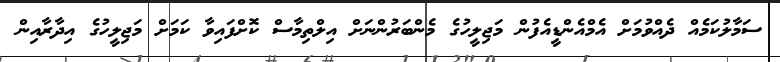
ސަމާލުކަމެއް ދެއްވުމަށް އެމްއެންޑީއެފުން މަޖިލީހުގެ މެންބަރުންނަށް އިލްތިމާސް ކޮށްފައިވާ ކަމަށް މަޖިލީހުގެ އިދާރާއިން